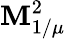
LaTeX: \mathbf{M}_{1/\mu}^{2}